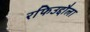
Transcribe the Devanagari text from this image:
रफिउद्दौला